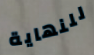
للنهاية